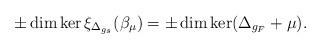
LaTeX: \begin{align*}\pm\dim\ker \xi_{\Delta_{g_s}}(\beta_\mu)=\pm\dim\ker (\Delta_{g_F}+\mu).\end{align*}